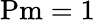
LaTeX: \mathrm{Pm}=1